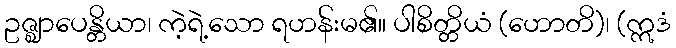
ဥဇ္ဈာပေန္တိယာ၊ ကဲ့ရဲ့သော ရဟန်းမ၏။ ပါစိတ္တိယံ (ဟောတိ)၊ (ဣဒံ